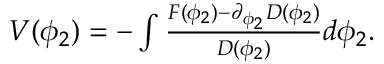
\begin{array} { r } { V ( \phi _ { 2 } ) = - \int \frac { F ( \phi _ { 2 } ) - \partial _ { \phi _ { 2 } } D ( \phi _ { 2 } ) } { D ( \phi _ { 2 } ) } d \phi _ { 2 } . } \end{array}